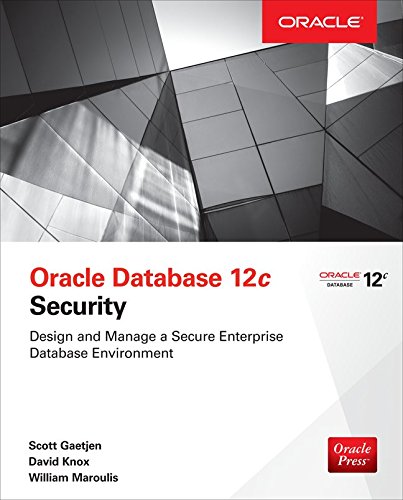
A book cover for Oracle Database 12c Security; Scott Gaetjen; Computers & Technology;